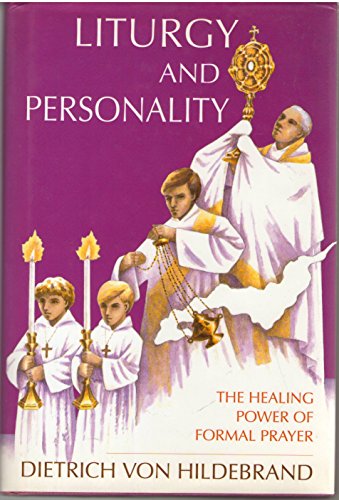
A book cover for Liturgy and Personality: The Healing Power of Formal Prayer; Dietrich Von Hildebrand; Religion & Spirituality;